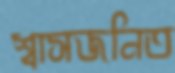
শ্বাসজনিত